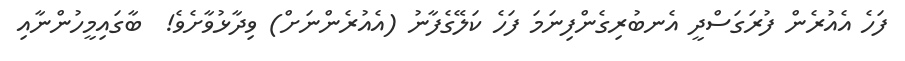
ފަހެ އެއުރެން ފުރަގަސްދީ އެނބުރިގެންފިނަމަ ފަހެ ކަލޭގެފާނު (އެއުރެންނަށް) ވިދާޅުވާށެވެ!  ބާގައިމީހުންނާއި